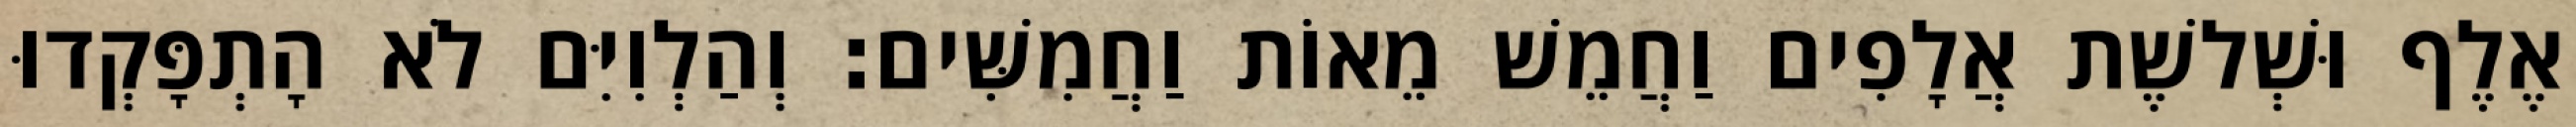
אֶלֶף וּשְׁלשֶׁת אֲלָפִים וַחֲמֵשׁ מֵאוֹת וַחֲמִשִּׁים׃ וְהַלְוִיִּם לֹא הָתְפָּקְדוּ